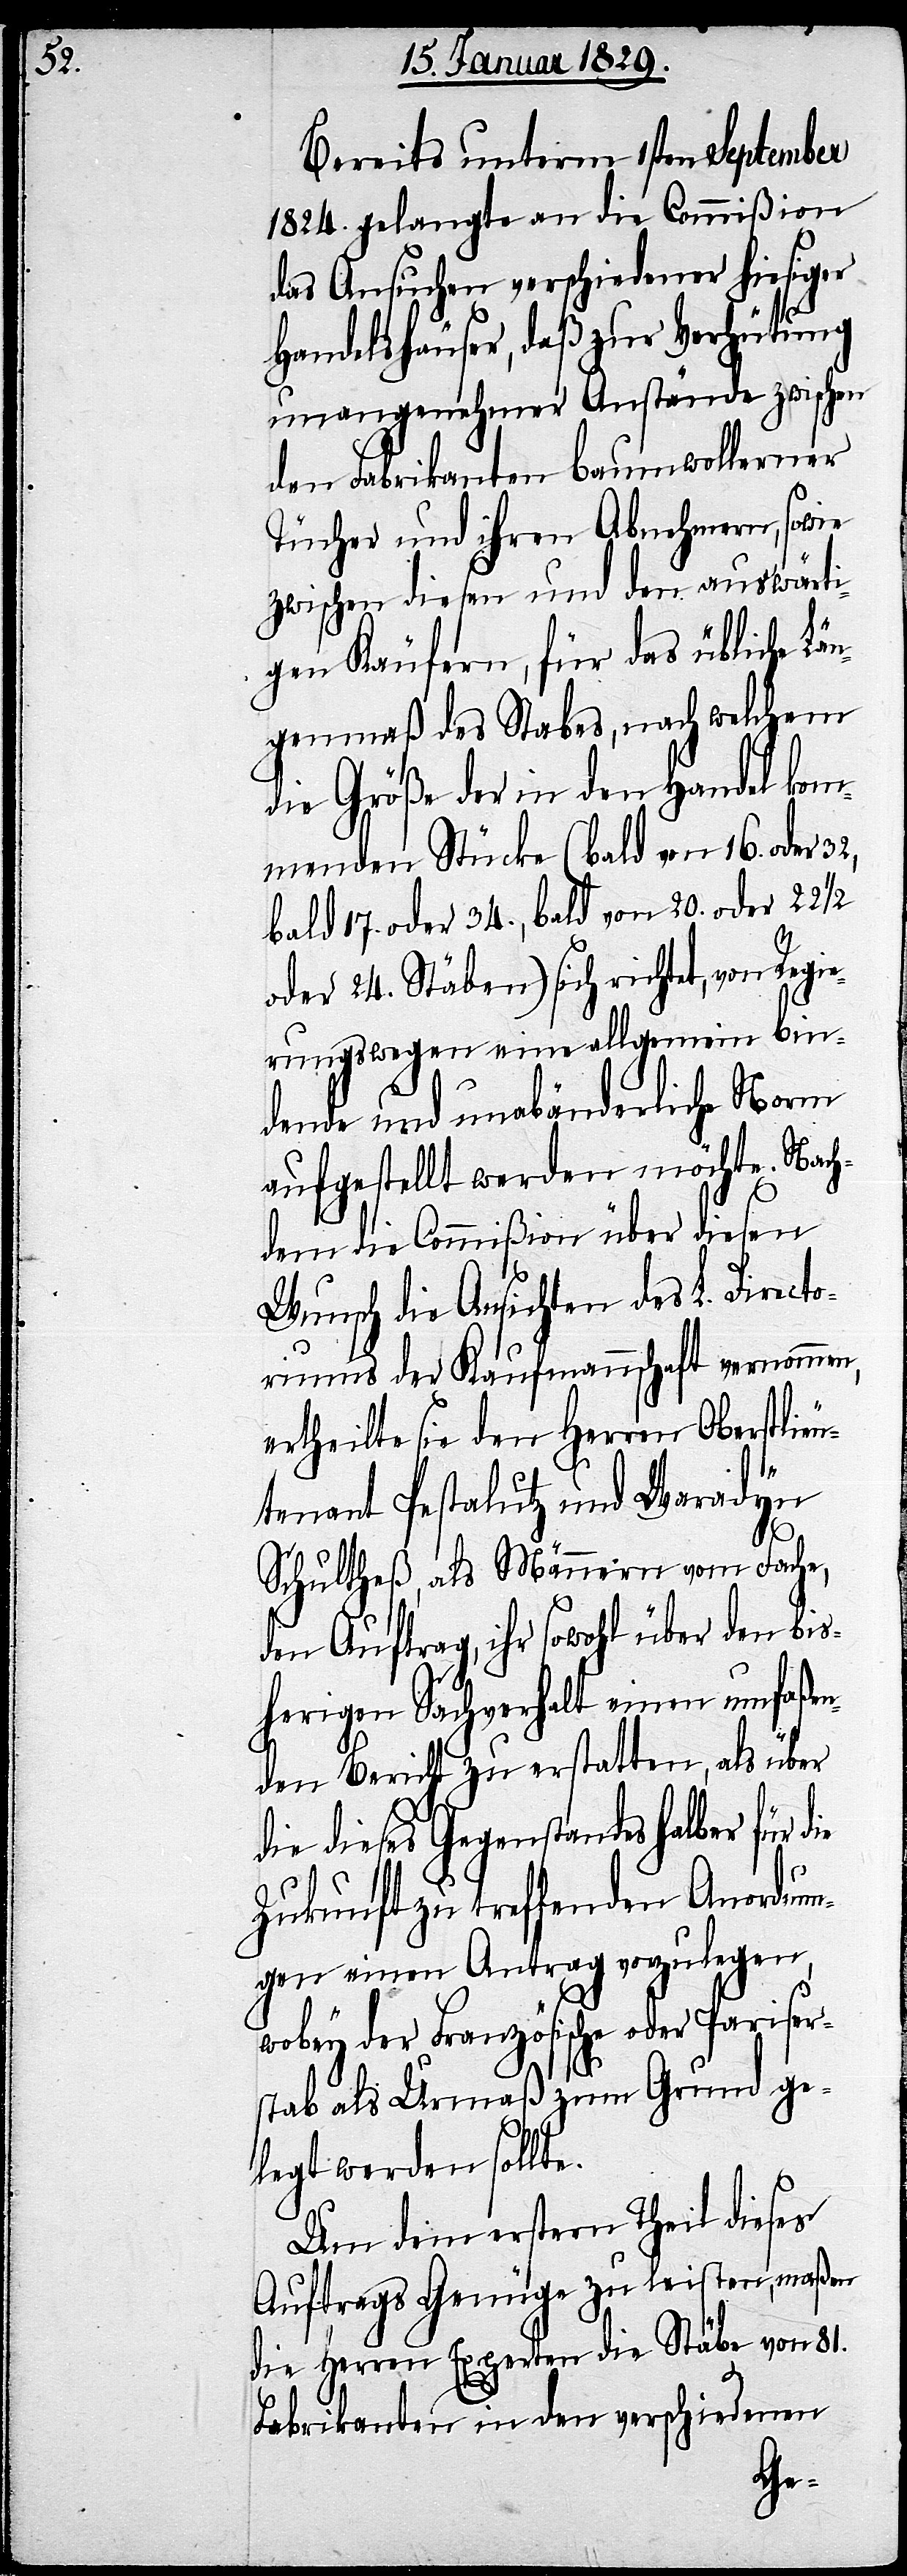
Bereits unterm 1sten September
1824. gelangte an die Commißion
das Ansuchen verschiedener hiesiger
Handelshäuser, daß zur Verhütung
unangenehmer Anstände zwischen
den Fabrikanten baumwollener
Tücher und ihren Abnehmern, sowie
zwischen diesen und den auswärti¬
gen Käufern, für das übliche Lä¬
ngenmaß des Stabes, nach welchem
die Größe der in den Handel kom¬
menden Stücke (bald von 16. oder 32,
bald 17. oder 34., bald von 20. oder 22½
oder 24. Stäben) sich richtet, von Reg¬
rungswegen eine allgemein bin¬
dende und unabänderliche Norm
aufgestellt werden möchte. Nach¬
dem die Commißion über diesen
Wunsch die Ansichten des 2. Directo¬
riums der Kaufmannschaft vernommen,
ertheilte sie den Herren Oberstlie¬
utenant Pestalutz und Waradyn
Schultheß, als Männern vom Fache,
den Auftrag, ihr sowohl über den bis¬
herigen Sachverhalt einen umfaßen¬
den Bericht zu erstatten, als über
die dieses Gegenstandes halber für
Zukunft zu treffenden Anordnun¬
gen einen Antrag vorzulegen,
wobey der Französische oder Pariser¬
stab als Urmaß zum Grund ge¬
legt werden sollte.
Um dem erstern Theil dieses
Auftrags Genüge zu leisten, maßen
die Herrn Experten die Stäbe von 81.
Fabrikanten in den verschiedenen
ie¬